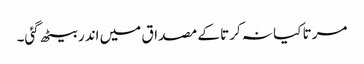
مرتا کیا نہ کرتا کے مصداق میں اندر بیٹھ گئی۔